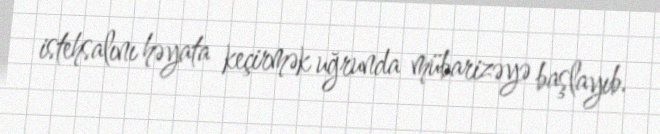
istehsalını həyata keçirmək uğrunda mübarizəyə başlayıb.